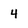
Character: 4